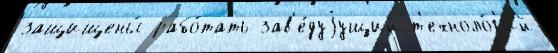
защищены́ рабо́тать зав'е́дуjущий т'ехноло́г'ий